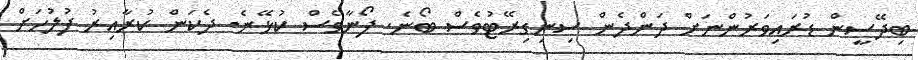
ބިދޭސީން ޑުރައިވަރުންނަށް ދަންދެން ސިނިގިރޭޓުވެސް ބޯނެ. ފޯނާވެސް ކުޅޭނެ. ދެކަން ކުރާއިރު ފުލުހަށް